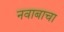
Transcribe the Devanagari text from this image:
नवाबाचा